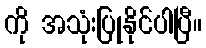
ကို အသုံးပြုနိုင်ပါပြီ။